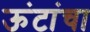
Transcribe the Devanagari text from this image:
ऊंटांचा